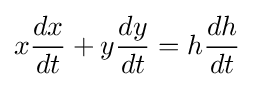
x{\frac {dx}{dt}}+y{\frac {dy}{dt}}=h{\frac {dh}{dt}}